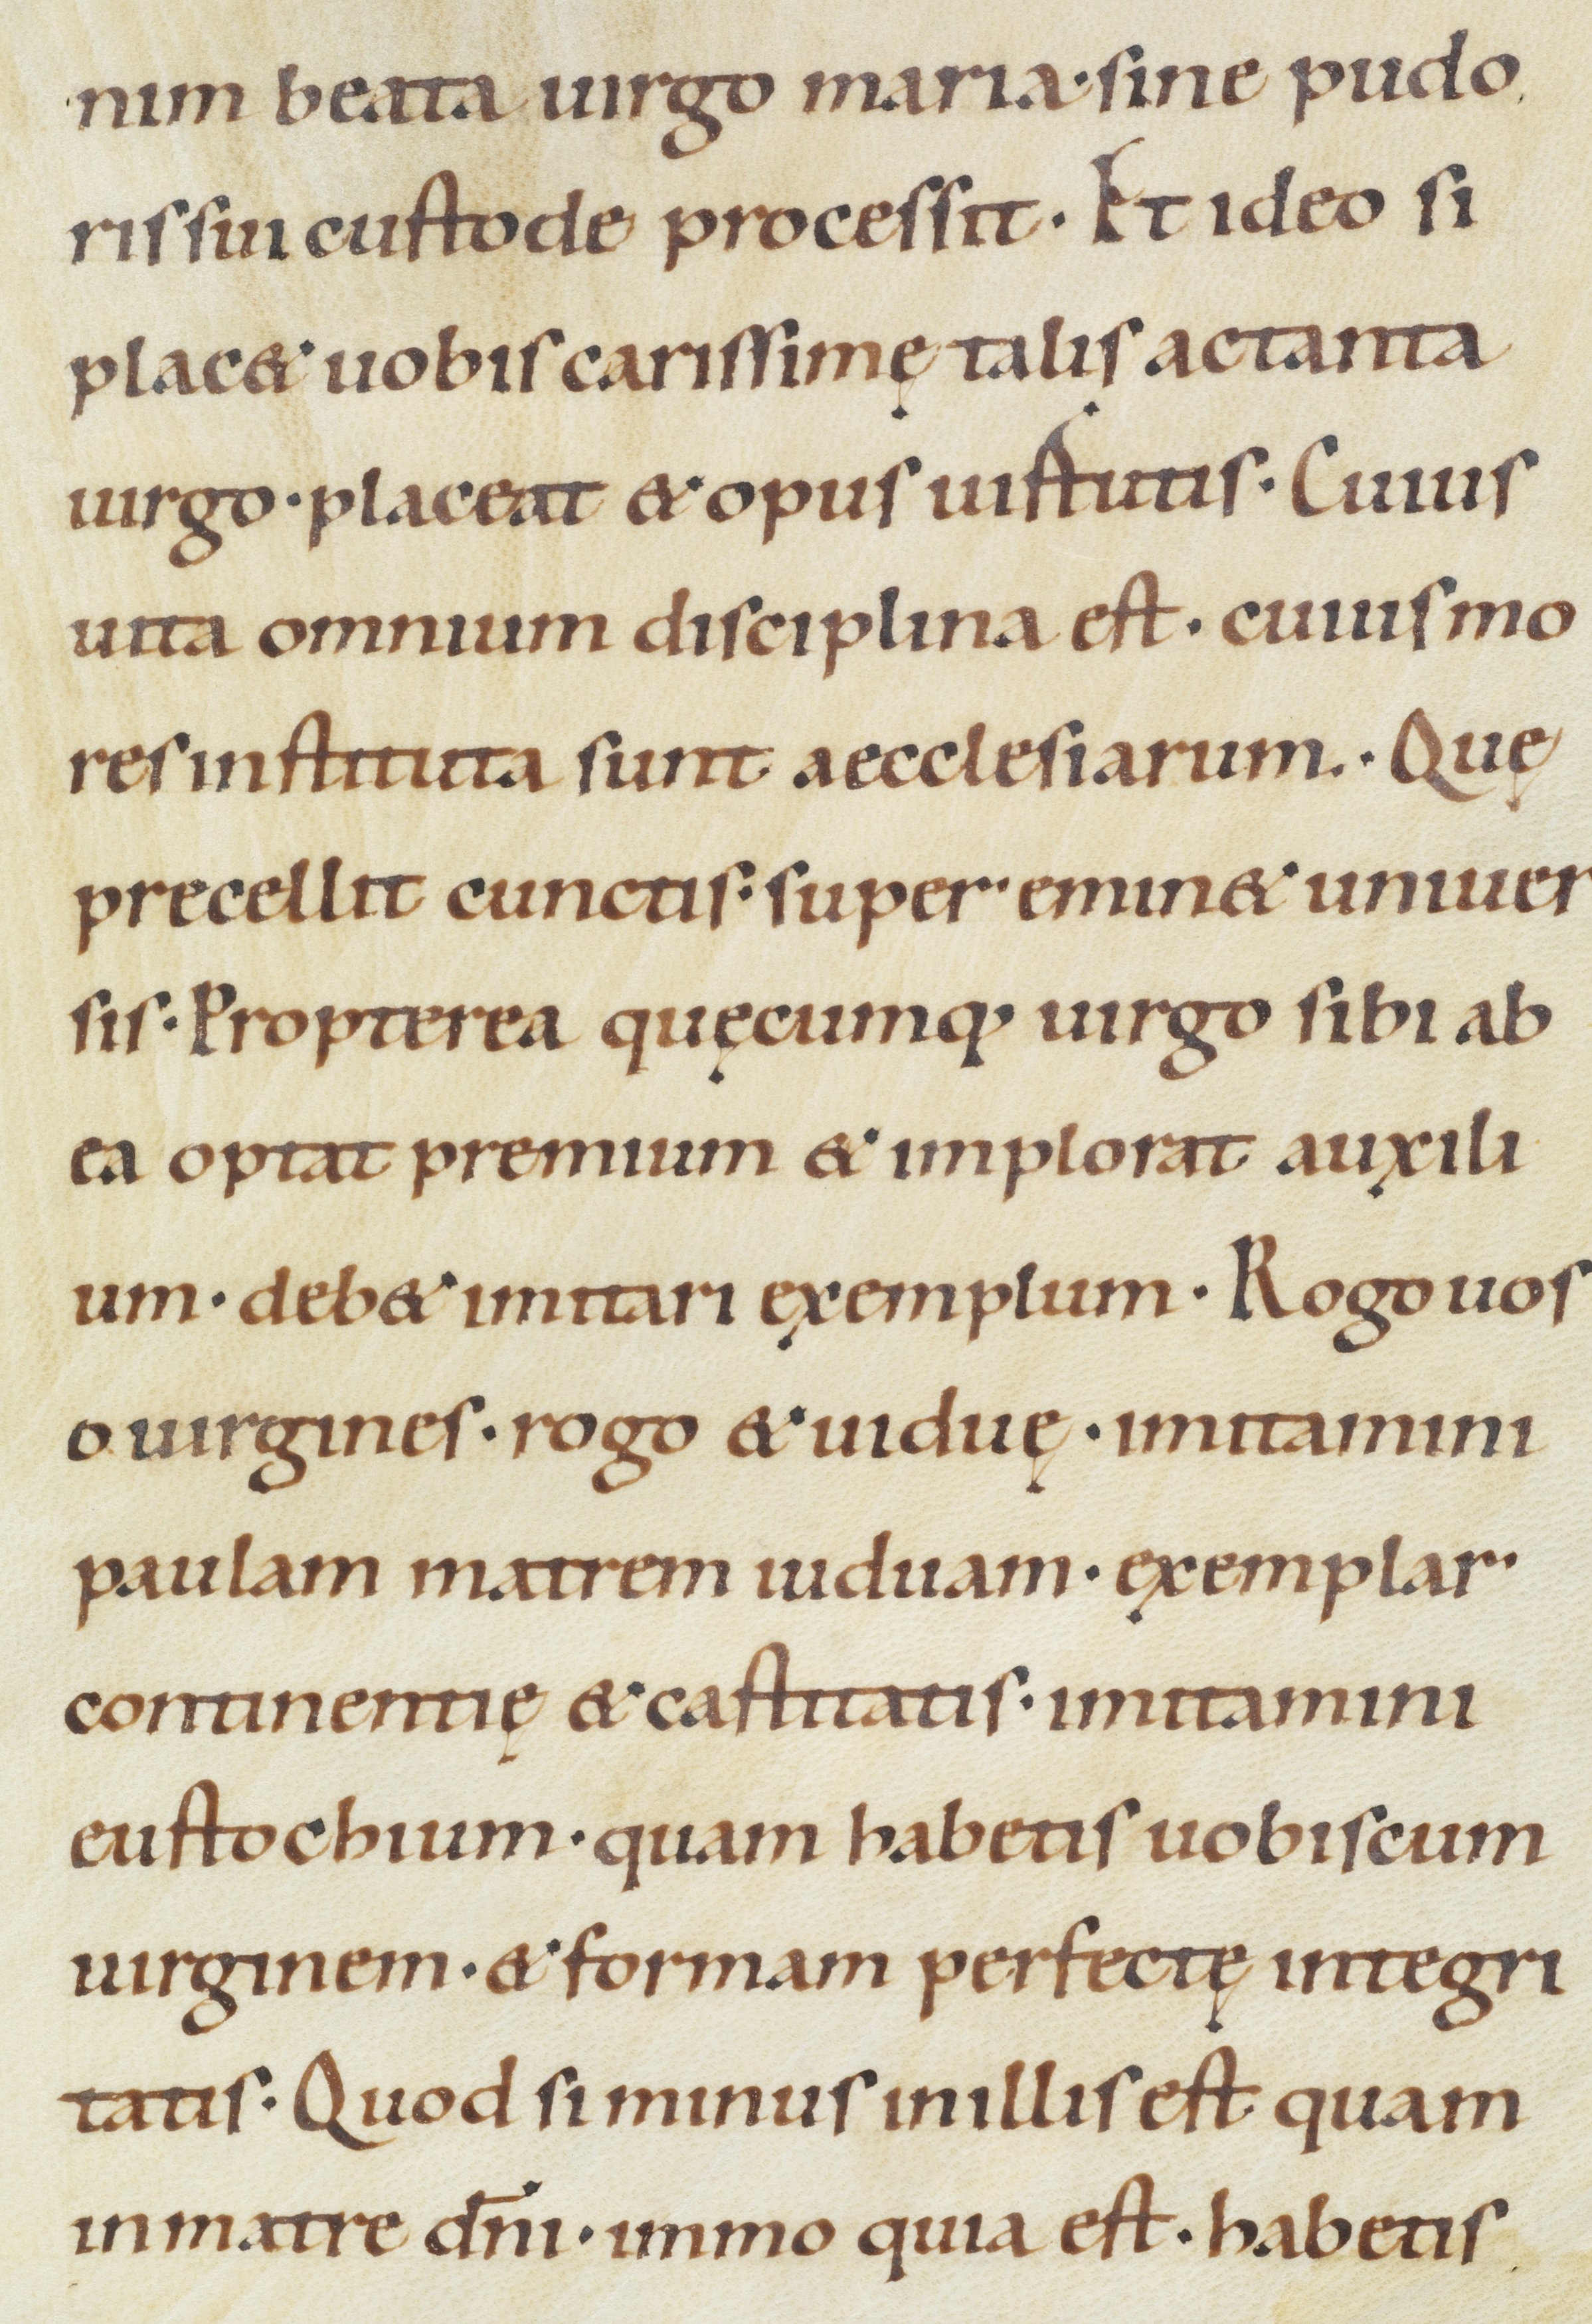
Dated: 1100–1199